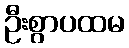
ဦးစွာပထမ